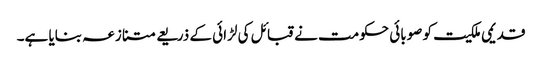
قدیمی ملکیت کو صوبائی حکومت نے قبائل کی لڑائی کے ذریعے متنازعہ بنایا ہے۔